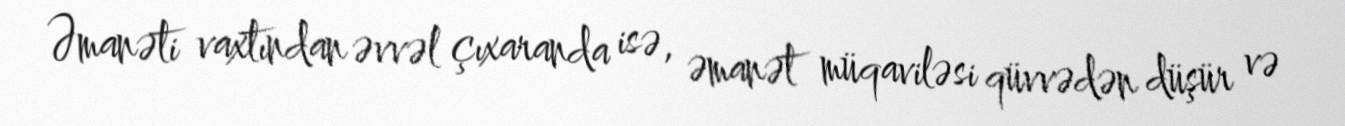
Əmanəti vaxtından əvvəl çıxaranda isə, əmanət müqaviləsi qüvvədən düşür və